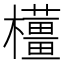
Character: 𱤳